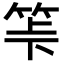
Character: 𥬷